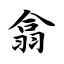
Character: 翕